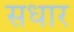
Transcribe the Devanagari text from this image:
सधार